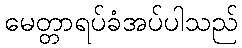
မေတ္တာရပ်ခံအပ်ပါသည်